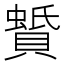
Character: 𧷑